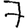
Digit: 7